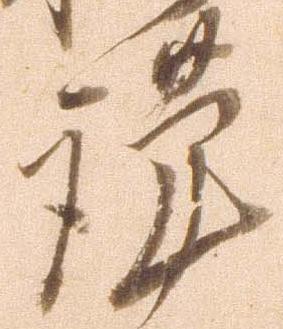
謹